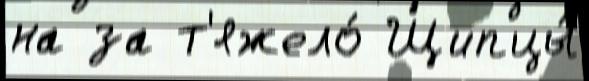
на за т'яжело́ Щипцы́